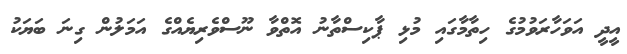
އީދީ އަވަހާރަވުމުގެ ހިތާމާގައި މުޅި ޕާކިސްތާނު އޮތްވާ ނޫސްވެރިޔެއްގެ އަމަލުން ގިނަ ބަޔަކު